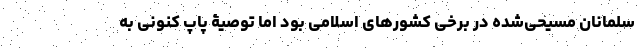
سلمانان مسیحی‌شده در برخی کشورهای اسلامی بود اما توصیۀ پاپ کنونی به